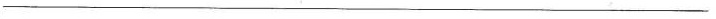
___